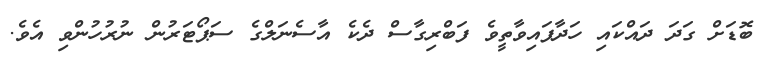
ބޮޑަށް ގަދަ ދައްކައި ހަދާފައިވާތީވެ ފަބްރިގާސް ދެކެ އާސެނަލްގެ ސަޕޯޓަރުން ނުރުހުންވި އެވެ.